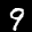
Label: 9